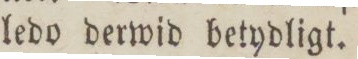
ledo derwid betydligt.